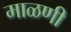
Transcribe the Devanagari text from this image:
माळणी